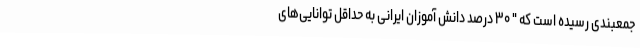
جمعبندی رسیده است که " ۳۰ درصد دانش آموزان ایرانی به حداقل توانایی‌های